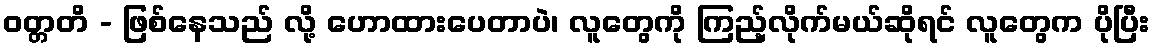
ဝတ္တတိ - ဖြစ်နေသည် လို့ ဟောထားပေတာပဲ၊ လူတွေကို ကြည့်လိုက်မယ်ဆိုရင် လူတွေက ပိုပြီး